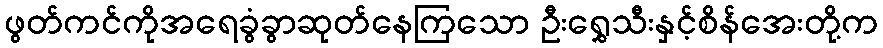
ဖွတ်ကင်ကိုအရေခွံခွာဆုတ်နေကြသော ဦးရွှေသီးနှင့်စိန်အေးတို့က